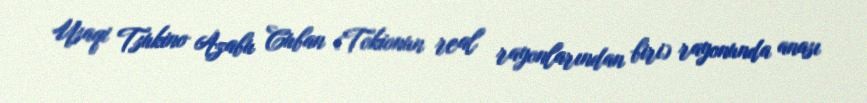
Usaqi Tsukino Azabu Cuban (Tokionun real rayonlarından biri) rayonunda anası